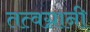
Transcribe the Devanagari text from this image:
तत्वग्नानी